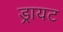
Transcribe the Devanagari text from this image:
ड्रायट